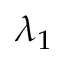
\lambda _ { 1 }